Statistical return of the lunatic asylum in Assam - 1912-1932
Year: 1912
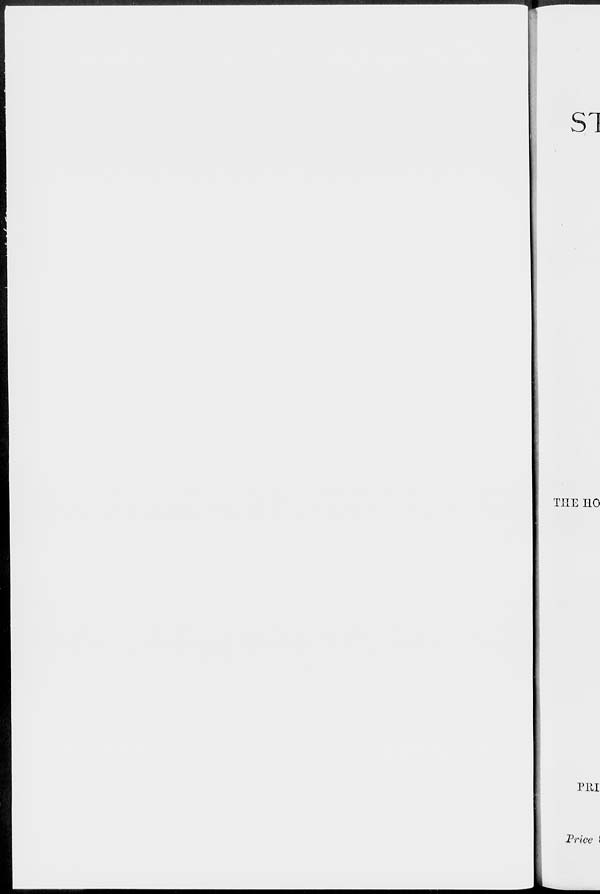
SI
THE 110
PHI
Price